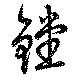
鏜